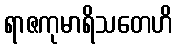
ရာဇကုမာရိသတေဟိ